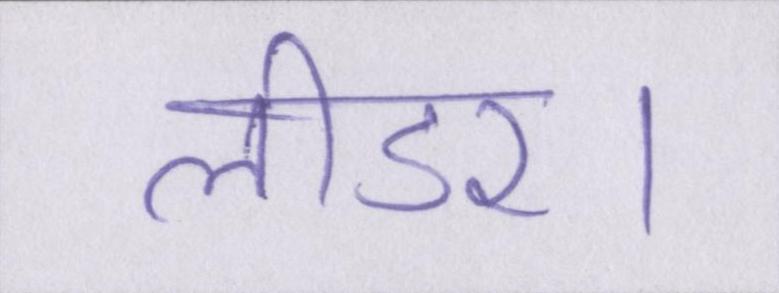
लीडर।